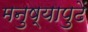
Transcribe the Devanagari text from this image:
मनुष्यापुढें